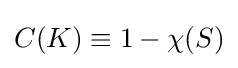
C(K)\equiv 1-\chi (S)